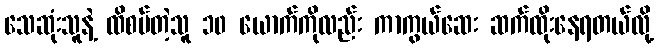
သေဆုံးသူနဲ့ ထိစပ်တဲ့သူ ၁၀ ယောက်ကိုလည်း ကာကွယ်ဆေး ဆက်ထိုးနေရတယ်လို့